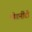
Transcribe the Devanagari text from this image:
मोडर्नीटी